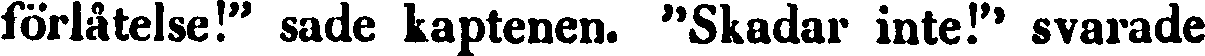
förlåtelse!" sade kaptenen. "Skadar inte!" svarade